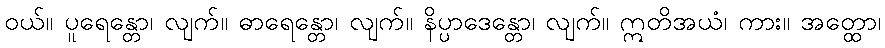
ဝယ်။ ပူရေန္တော၊ လျက်။ ဓာရေန္တော၊ လျက်။ နိပ္ပာဒေန္တော၊ လျက်။ ဣတိအယံ၊ ကား။ အတ္ထော၊